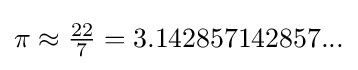
{\textstyle \pi \approx {\frac {22}{7}}=3.142857142857...}